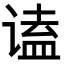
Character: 𬤒